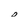
Character: 0